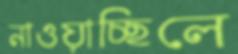
নাওয়াচ্ছিলে